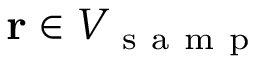
\mathbf { r } \in V _ { \mathrm { ~ s ~ a ~ m ~ p ~ } }